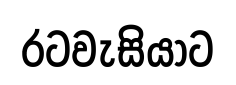
රටවැසියාට